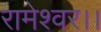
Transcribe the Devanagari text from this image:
रामेश्वर।।